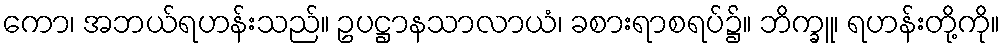
ကော၊ အဘယ်ရဟန်းသည်။ ဥပဋ္ဌာနသာလာယံ၊ ခစားရာစရပ်၌။ ဘိက္ခူ၊ ရဟန်းတို့ကို။